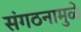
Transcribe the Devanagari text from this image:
संगठनामुळे